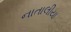
નાતાલીયા